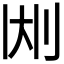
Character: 𫥹